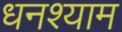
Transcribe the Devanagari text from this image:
धनश्याम